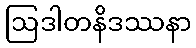
ဩဒါတနိဒဿနာ